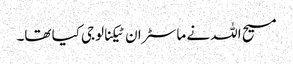
مسیح اللہ نے ماسٹر ان ٹیکنالوجی کیا تھا۔